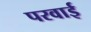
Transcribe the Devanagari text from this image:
परवाई